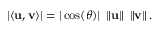
\left| \langle \mathbf { u } , \mathbf { v } \rangle \right| = | \cos ( \theta ) | \ \left\| \mathbf { u } \right\| \ \left\| \mathbf { v } \right\| .